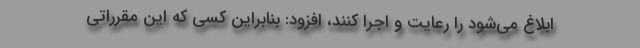
ابلاغ می‌شود را رعایت و اجرا کنند، افزود: بنابراین کسی که این مقرراتی